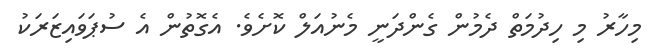
މިހާރު މި ހިދުމަތް ދެމުން ގެންދަނީ މެނުއަލް ކޮށެވެ. އެގޮތުން އެ ސުޕަވައިޒަރަކު